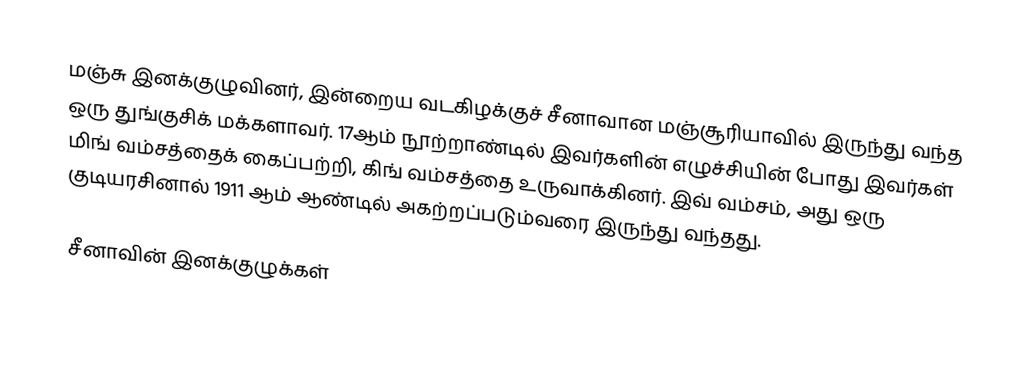
மஞ்சு இனக்குழுவினர், இன்றைய வடகிழக்குச் சீனாவான மஞ்சூரியாவில் இருந்து வந்த ஒரு துங்குசிக் மக்களாவர். 17ஆம் நூற்றாண்டில் இவர்களின் எழுச்சியின் போது இவர்கள் மிங் வம்சத்தைக் கைப்பற்றி, கிங் வம்சத்தை உருவாக்கினர். இவ் வம்சம், அது ஒரு குடியரசினால் 1911 ஆம் ஆண்டில் அகற்றப்படும்வரை இருந்து வந்தது.

சீனாவின் இனக்குழுக்கள்